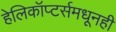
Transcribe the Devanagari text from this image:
हेलिकॉप्टर्समधूनही